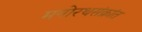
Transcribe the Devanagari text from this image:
मनोरथसंक्रांत